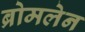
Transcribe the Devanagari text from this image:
ब्रोमलेन